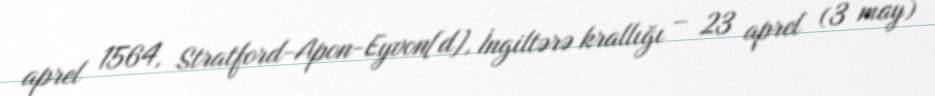
aprel 1564, Stratford-Apon-Eyvon[d], İngiltərə krallığı – 23 aprel (3 may)